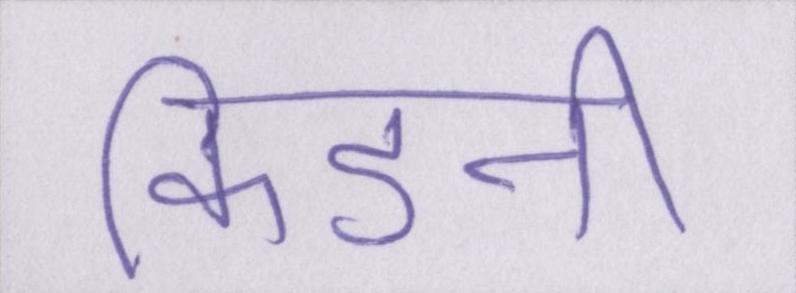
किडनी